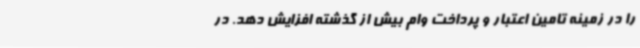
را در زمینه تامین اعتبار و پرداخت وام بیش از گذشته افزایش دهد. در